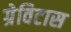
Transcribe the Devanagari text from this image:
ग्रेविटास